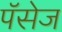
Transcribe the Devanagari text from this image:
पॅसेज